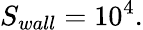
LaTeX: S_{wall}=10^{4}.